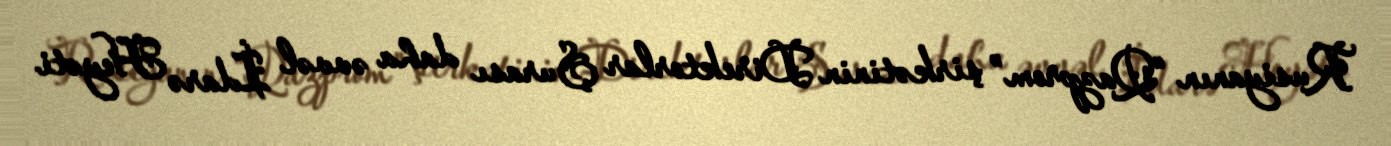
Rusiyanın “Qazprom” şirkətinin Direktorlar Şurası daha əvvəl İdarə Heyəti